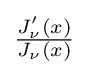
{\tfrac {J'_{\nu }(x)}{J_{\nu }(x)}}